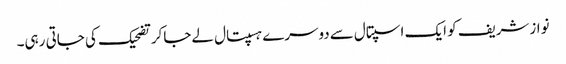
نوازشریف کو ایک اسپتال سےدوسرے ہسپتال لےجاکرتضحیک کی جاتی رہی۔